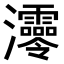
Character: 𤅫